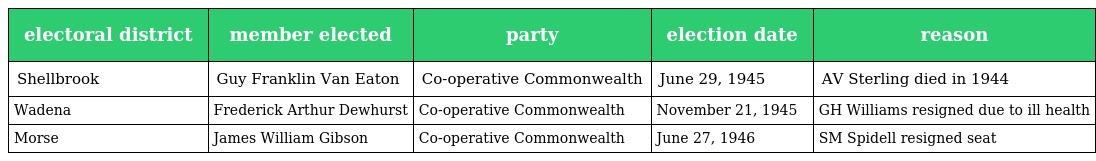
| electoral district | member elected | party | election date | reason |
 | --- | --- | --- | --- | --- |
 | Shellbrook | Guy Franklin Van Eaton | Co-operative Commonwealth | June 29, 1945 | AV Sterling died in 1944 |
 | Wadena | Frederick Arthur Dewhurst | Co-operative Commonwealth | November 21, 1945 | GH Williams resigned due to ill health |
 | Morse | James William Gibson | Co-operative Commonwealth | June 27, 1946 | SM Spidell resigned seat |